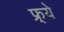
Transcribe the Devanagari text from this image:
फ्र्ये